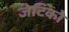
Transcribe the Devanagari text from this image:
जेटिको